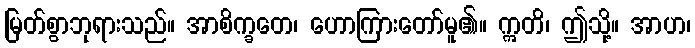
မြတ်စွာဘုရားသည်။ အာစိက္ခတေ၊ ဟောကြားတော်မူ၏။ ဣတိ၊ ဤသို့။ အာဟ၊